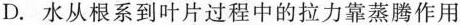
D.水从根系到叶片过程中的拉力靠蒸腾作用